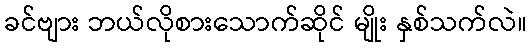
ခင်ဗျား ဘယ်လိုစားသောက်ဆိုင် မျိုး နှစ်သက်လဲ။